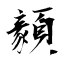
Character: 顡